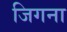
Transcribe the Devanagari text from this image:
जिगना